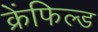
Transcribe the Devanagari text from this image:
क्रेंफिल्ड